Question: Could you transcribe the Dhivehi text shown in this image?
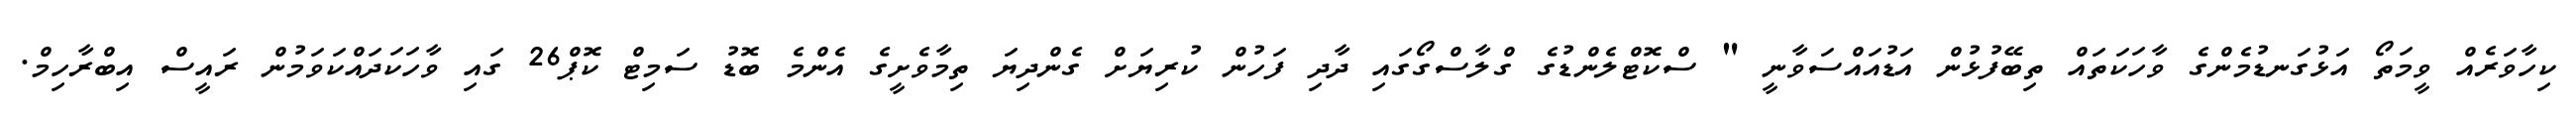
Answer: ކިހާވަރެއް ވީމަތޯ އަޅުގަނޑުމެންގެ ވާހަކަތައް ތިބޭފުޅުން އަޑުއައްސަވާނީ " ސްކޮޓްލެންޑުގެ ގްލާސްގޯގައި ދާދި ފަހުން ކުރިޔަށް ގެންދިޔަ ތިމާވެށީގެ އެންމެ ބޮޑު ސަމިޓް ކޮޕް26 ގައި ވާހަކަދައްކަވަމުން ރައީސް އިބްރާހިމް.